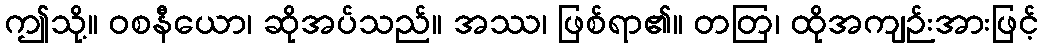
ဤသို့။ ဝစနီယော၊ ဆိုအပ်သည်။ အဿ၊ ဖြစ်ရာ၏။ တတြ၊ ထိုအကျဉ်းအားဖြင့်